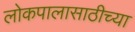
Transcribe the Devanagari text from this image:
लोकपालासाठीच्या